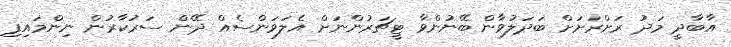
އާބާދީ މަދު ރަށްރަށަށް ބަދަލުވާން ބޭނުންވާ ޓީޗަރުންނަށް އެލަވަންސެއް ދޭން ސަރުކާރުން ނިންމައިފި